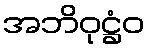
အဘိဝုဋ္ဌံဝ